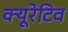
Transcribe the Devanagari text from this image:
क्यूरेटिव